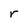
Character: r